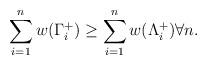
LaTeX: \begin{align*}\sum_{i=1}^n w(\Gamma_i^+) \geq \sum_{i=1}^n w(\Lambda_i^+) \forall n .\end{align*}